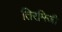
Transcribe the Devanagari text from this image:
तिरमिजी